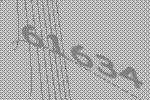
61634